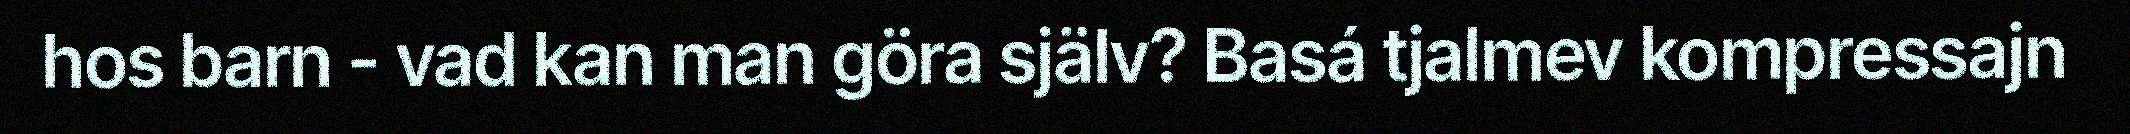
hos barn - vad kan man göra själv? Basá tjalmev kompressajn